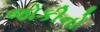
જોકીનો